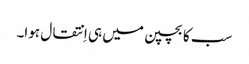
سب کا بچپن میں ہی اِنتقال ہوا۔